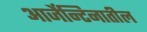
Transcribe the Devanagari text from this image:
आर्जेन्टिनातील